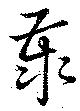
泰